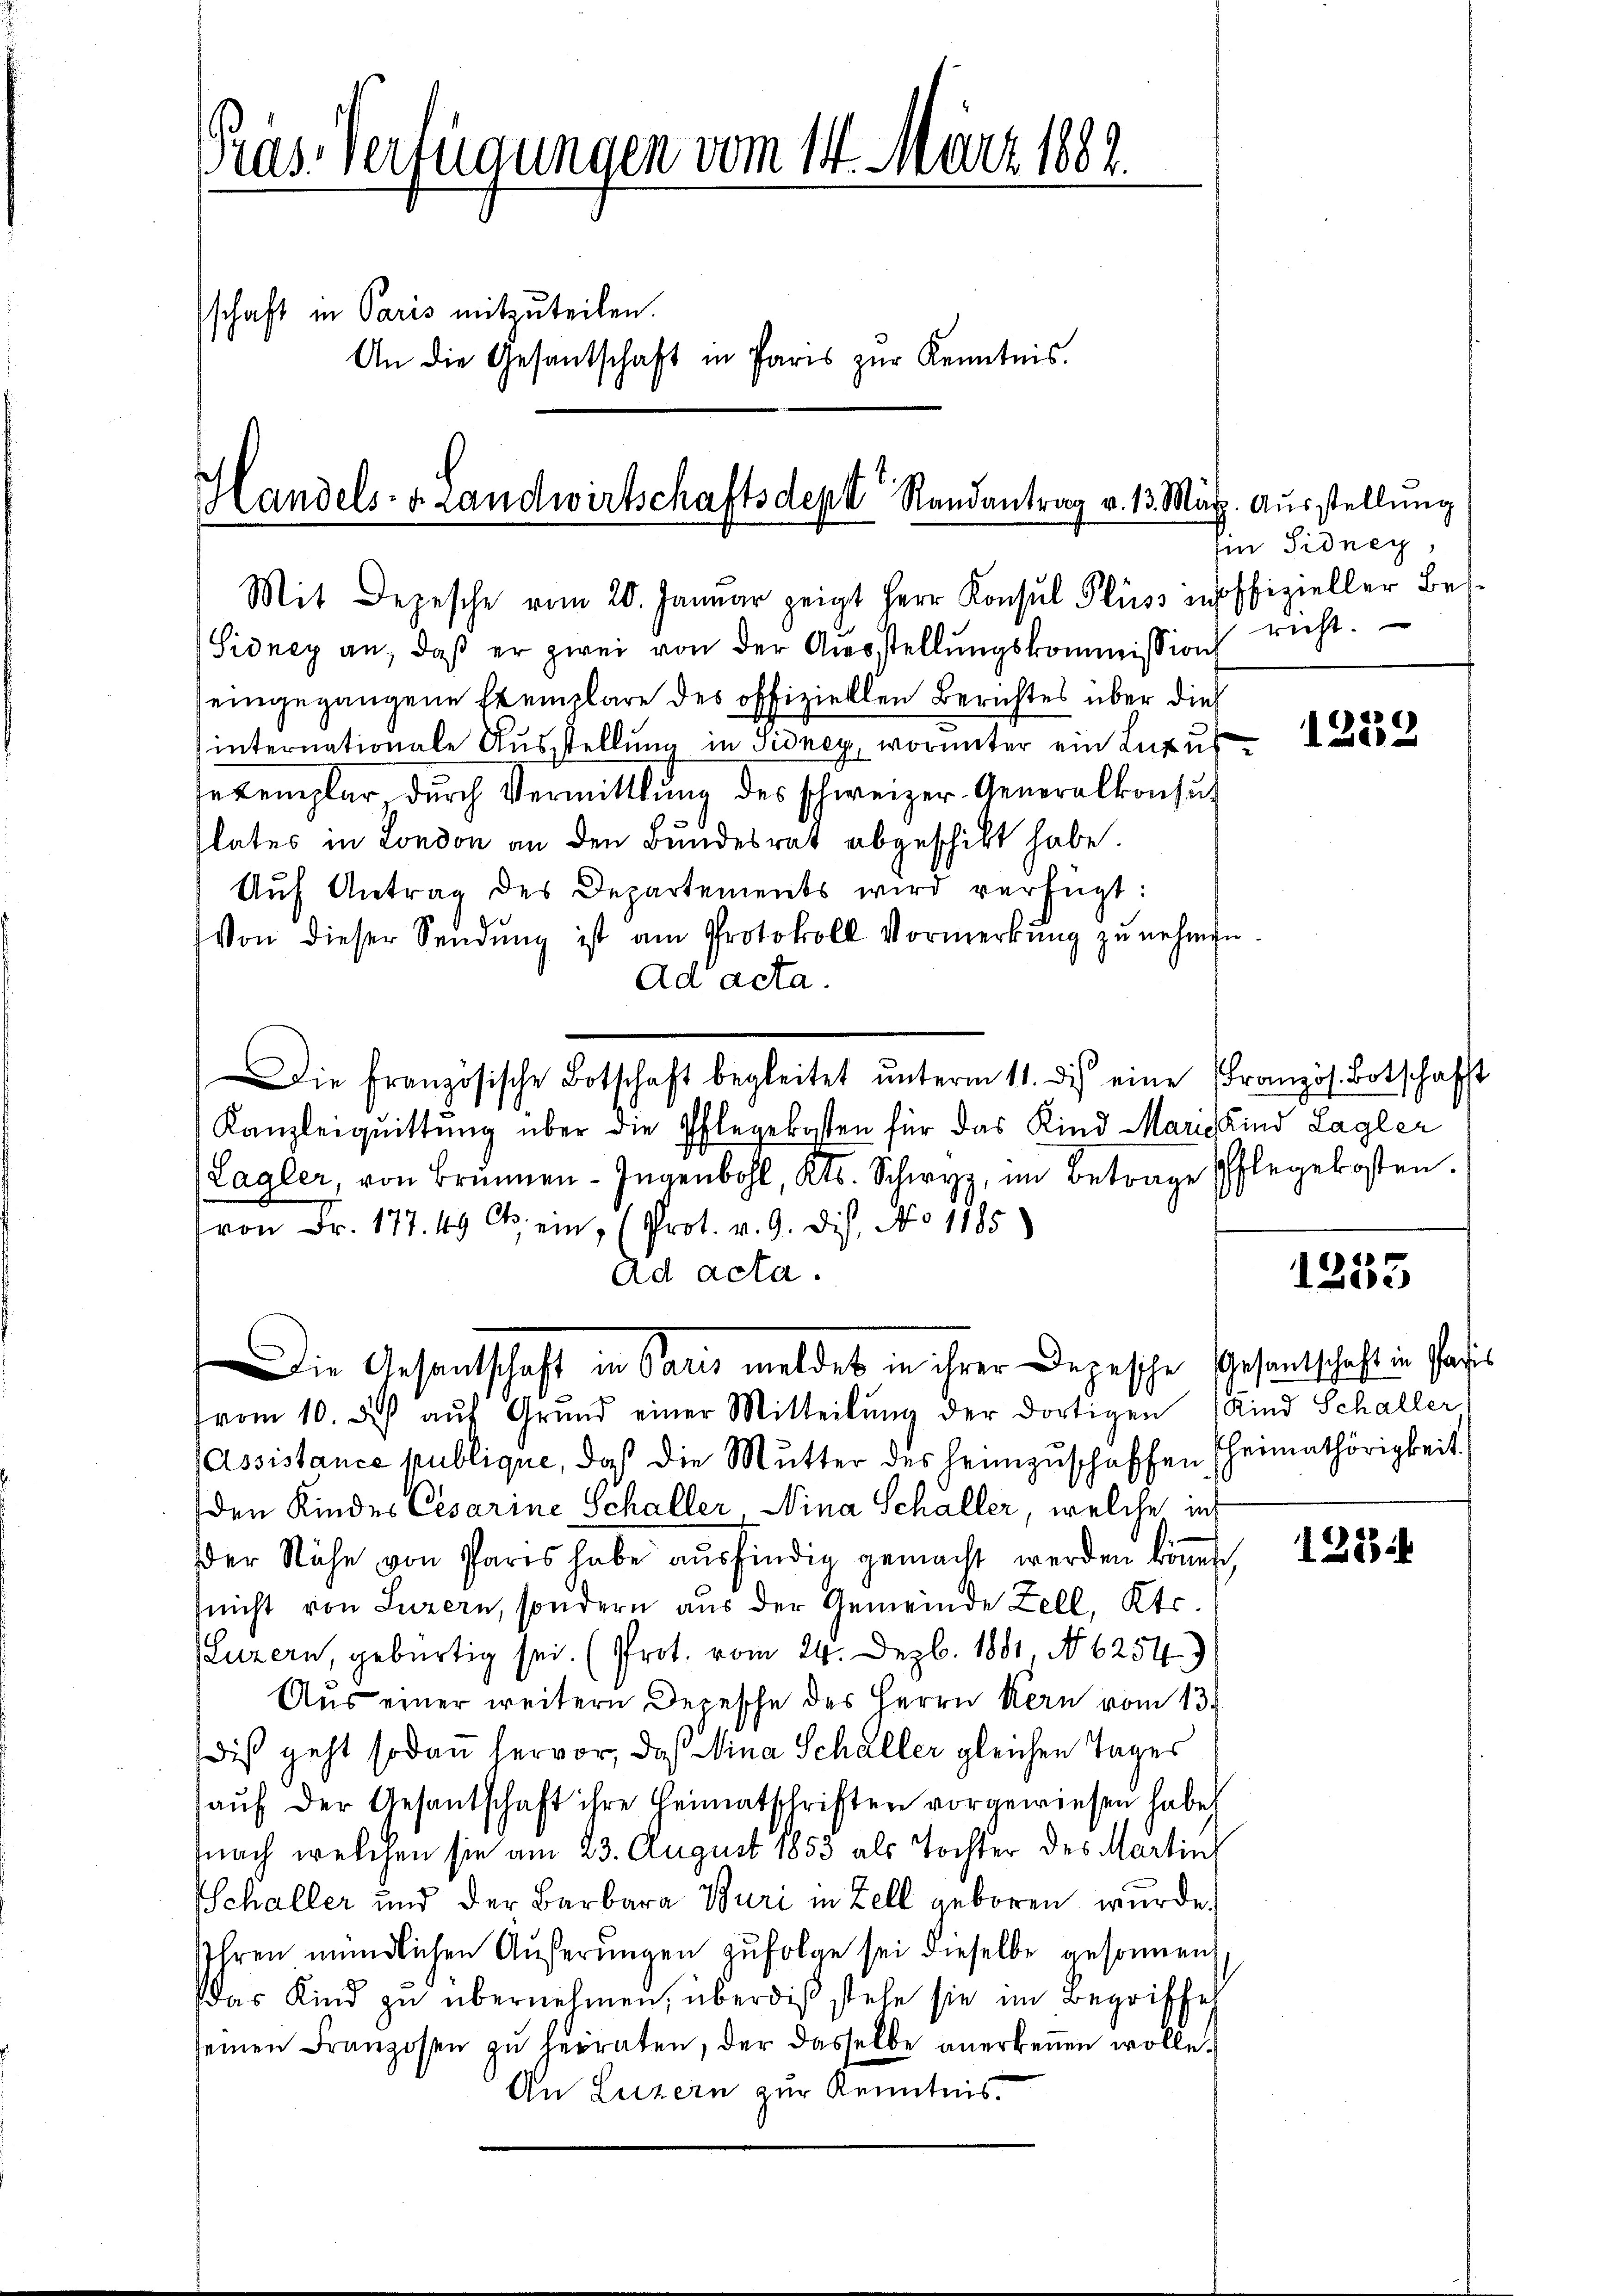
Gras Verfügungen vom 14. März 1882.
schaft in Paris mitzuteilen.
An die Gesantschaft in Paris zŭr Kenntnis.

Handels- & Landwirtschaftsdept Randantrag v. 13. März
Mit Depesche vom 20. Januar zeigt Herr Konsul Fluss in

Sidney an, daß er zwei von der Ausstellungskommission
eingegangene Exemplare des offiziellen Berichtes über die
internationale Ausstellung in Sidney, worunter ein Luxus
sexemplar durch Vermittlung des schweizer Generalkonsul
slates in London an den Bundesrat abgeschickt habe.
Aŭf Antrag des Departements wird verfügt:
Von dieser Sendŭng ist am Protokoll Vormerkŭng zŭ nehme.
ad acta.
Die französische Botschaft begleitet ŭnterm 11. des eine Französ. Botschaft
Kanzleiquittung über die Pflegekosten für das Kind Marie Kind Lagler
Lagler, von Brunnen - Ingenbohl, Kts. Schwyz, im Betrage Pflegekosten.
von Fr. 177. 49 C. ein (Prot. v. 9. dis, No 1185
Ad acta.
vom 10. Je aŭf Grŭnd einer Mitteilŭng der dortigen (Kind Schaller
Assistance publique, daß die Mutter des heimzuschaffen Theimathörigkeit.
den Kindes Cesarine Schaller, Nina Schaller, welche in
der Nähe von Pares habe aŭsfindig gemacht werden könnte
nicht von Luzern, sondern aus der Gemeinde Zell, Kts.
Luzern, gebürtig sei. (Prot. vom 24. Dezb. 1881, No 6254
Aus einer weitern Depesche des Herrn Kern vom 13.
diß geht sodann hervor, daß Mina Schaller gleichen Tages
aŭf der Gesantschaft ihre Heimatschriften vorgewiesen habe,
nach welchen sie am 23. August 1853 als Tochter des Martin
Schaller und der Barbara Buri in Zell geboren wurde.
Ihren mündlichen Äußerungen zufolge sei dieselbe gesonnen,
das Kind zu übernehmen, über dis stehe sie im Begriffes
seinen Franzosen zŭ terraten, der dasselbe anerkennen wolle.
An Luzern zur Kenntnis.

Die Gesandtschaft in Paris meldet in ihrer Depesche Gesantschaft in Pasi¬

Ausstellung
Ein Sidney,
ffizieller Besricht.

a» e
122.

1253

1284